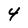
Character: 4